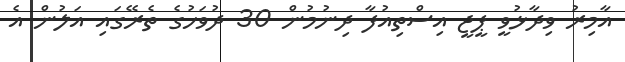
އާމިރު ވިދާޅުވީ ޕީޖީ އިސްތިއުފާ ދިނުމުން 30 ދުވަހުގެ ތެރޭގައި އަލުން އެ